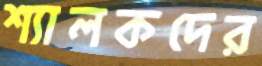
শ্যালকদের